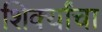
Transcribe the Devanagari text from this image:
शिर्क्यांचा